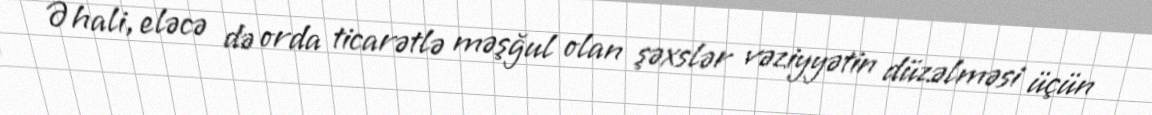
Əhali, eləcə də orda ticarətlə məşğul olan şəxslər vəziyyətin düzəlməsi üçün